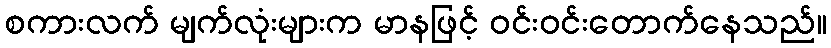
စကားလက် မျက်လုံးများက မာနဖြင့် ဝင်းဝင်းတောက်နေသည်။